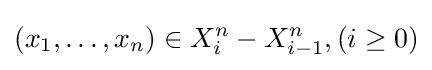
(x_{1},\ldots ,x_{n})\in X_{i}^{n}-X_{i-1}^{n},(i\geq 0)